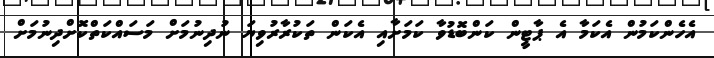
އެހެންކަމުން އެކަމާ އެ ޕާޓީން ކަންބޮޑުވާ ކަމަށާއި އެކަން ތަކުރާރުވިޔަ ނުދިނުމަށް މަސައްކަތްކޮށްދިނުމަށް